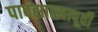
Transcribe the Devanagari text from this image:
पावसाळ्यापूर्वी